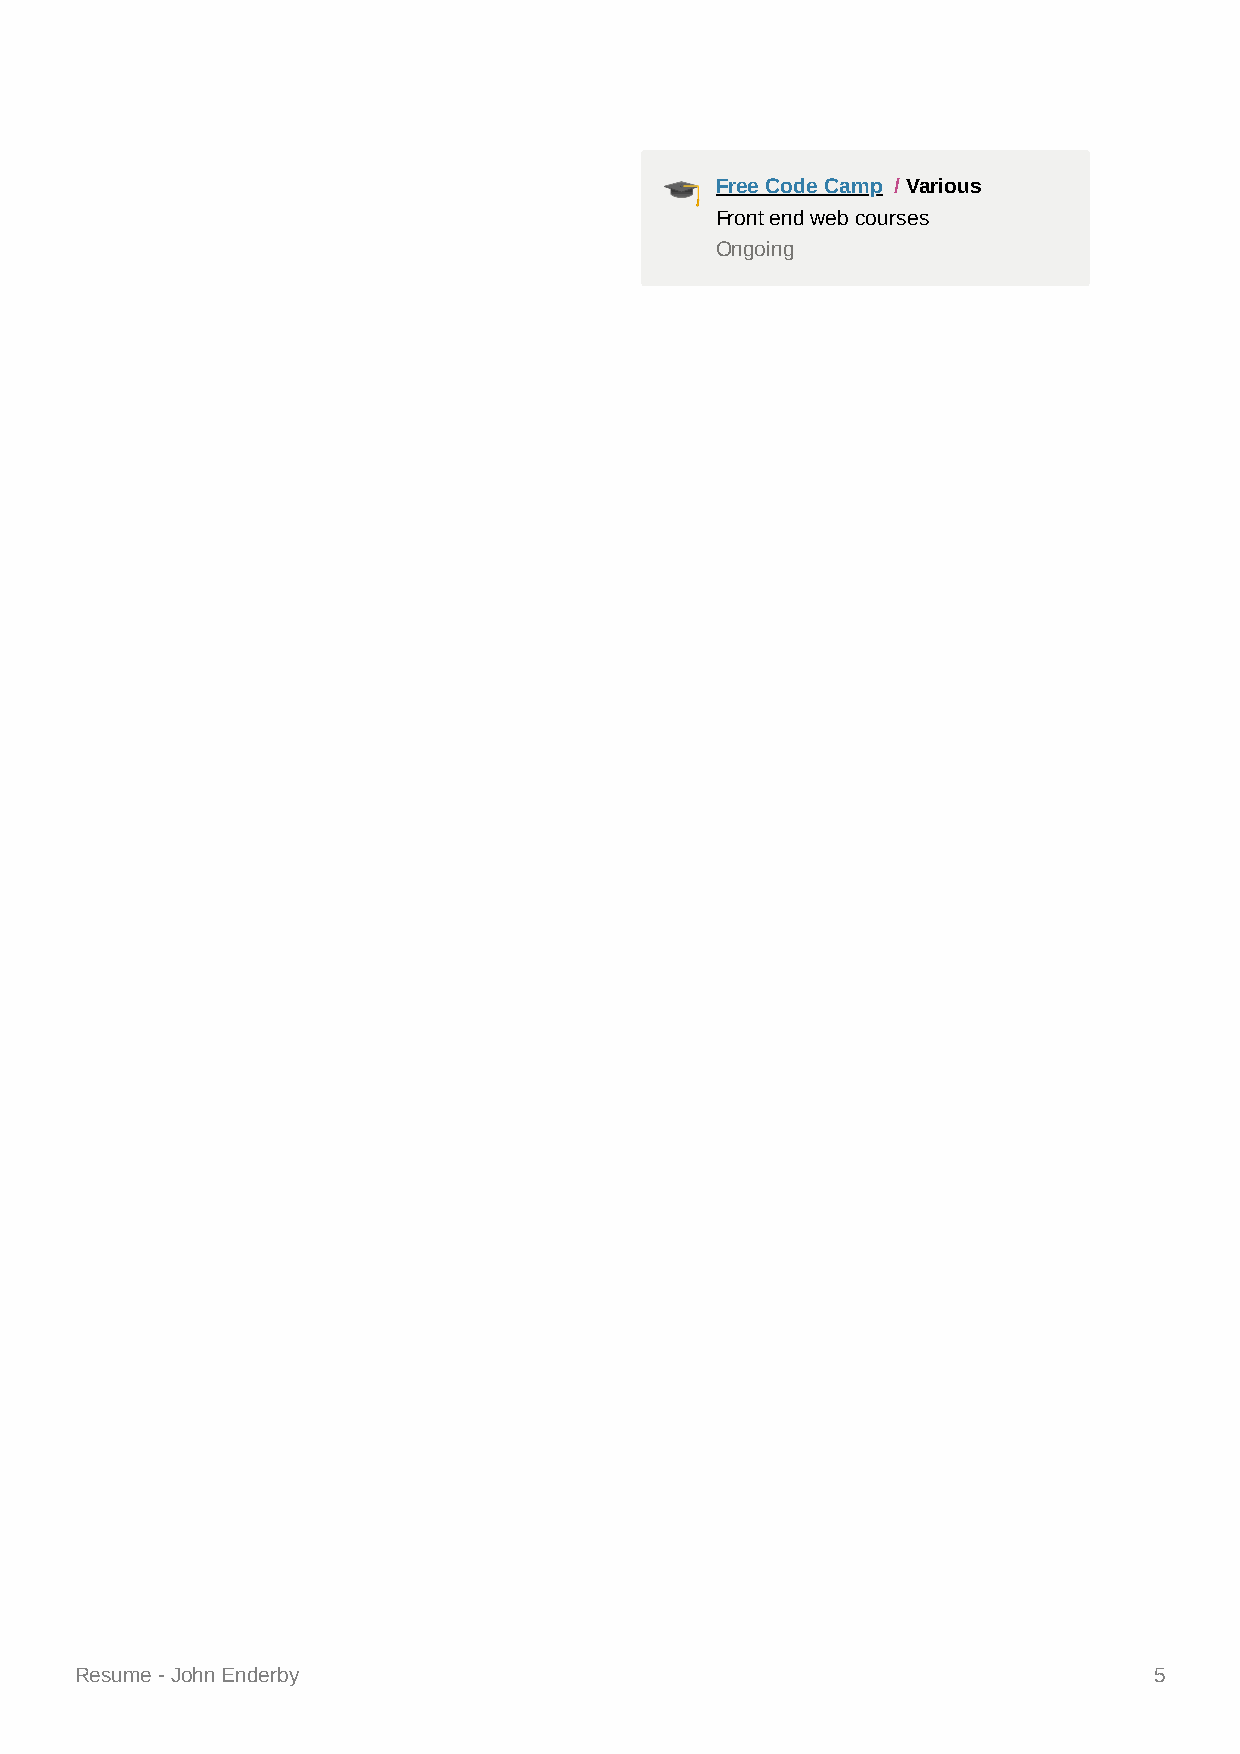
🎓  Free Code Camp / Various
 Front end web courses
 Ongoing
 Resume - John Enderby                                                  5